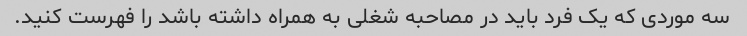
سه موردی که یک فرد باید در مصاحبه شغلی به همراه داشته باشد را فهرست کنید.